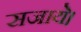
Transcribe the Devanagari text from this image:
सजाये।